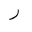
Letter: _ra